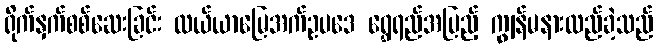
ရိုက်နှက်စစ်ဆေးခြင်း လယ်ယာမြေအက်ဥပဒေ ရွှေရည်အပြည့် ကျွန်မနားလည်ခဲ့သည်